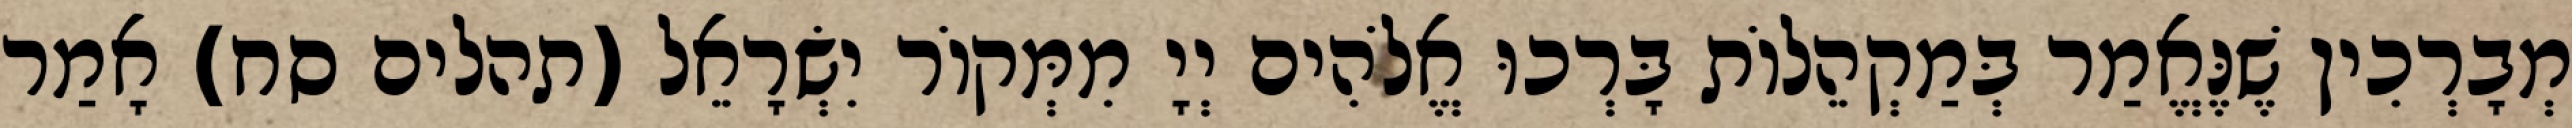
מְבָרְכִין שֶׁנֶּאֱמַר בְּמַקְהֵלוֹת בָּרְכוּ אֱלֹהִים יְיָ מִמְּקוֹר יִשְׂרָאֵל (תהלים סח) אָמַר